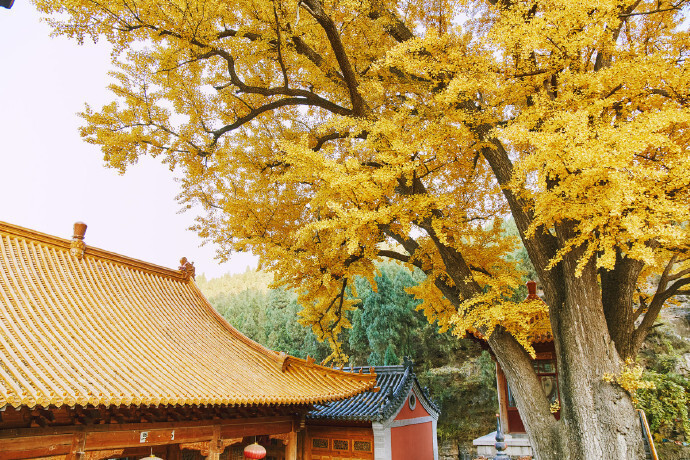
谁家秋院无风入？何处秋窗无雨声？